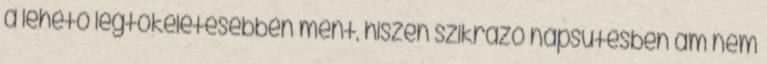
a lehető legtökéletesebben ment, hiszen szikrázó napsütésben ám nem